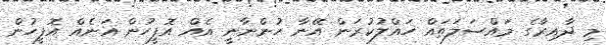
މި ދާއިރާގެ މައްސަލަތައް ހައްލުކުރަން އޭނާ ހުންނާނީ އެއް އޮފީހުން އަނެއް އޮފީހުން